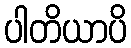
ပါတိယာပိ